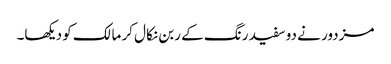
مزدور نے دو سفید رنگ کے ربن نکال کر مالک کو دیکھا۔